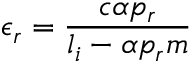
\epsilon _ { r } = \frac { c \alpha p _ { r } } { l _ { i } - \alpha p _ { r } m }